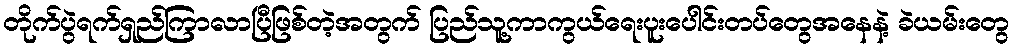
တိုက်ပွဲရက်ရှည်ကြာလာပြီဖြစ်တဲ့အတွက် ပြည်သူ့ကာကွယ်ရေးပူးပေါင်းတပ်တွေအနေနဲ့ ခဲယမ်းတွေ